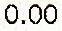
0.00